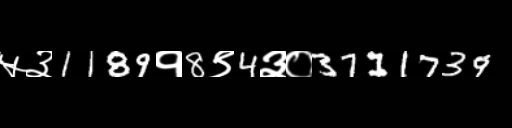
Text: ५३1189१8९4३०3711739